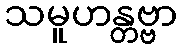
သမူဟန္တဗ္ဗာ